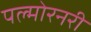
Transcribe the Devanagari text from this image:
पल्मोरनरी